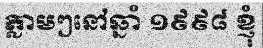
ភ្លាមៗនៅឆ្នាំ ១៩៩៨ ខ្ញុំ